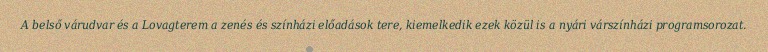
A belső várudvar és a Lovagterem a zenés és színházi előadások tere, kiemelkedik ezek közül is a nyári várszínházi programsorozat.